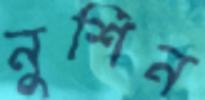
নুশিন